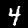
Label: 4